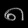
Digit: ၈